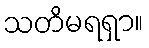
သတိမရရှာ။